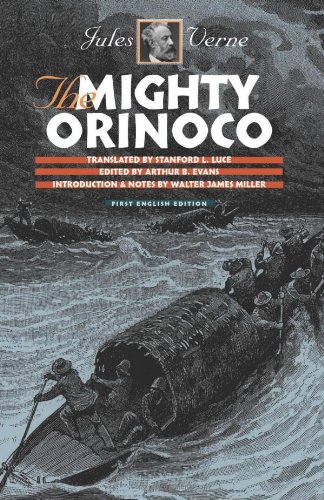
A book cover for The Mighty Orinoco (Early Classics of Science Fiction); Jules Verne; Travel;